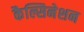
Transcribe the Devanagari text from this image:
कैल्सिनेशन